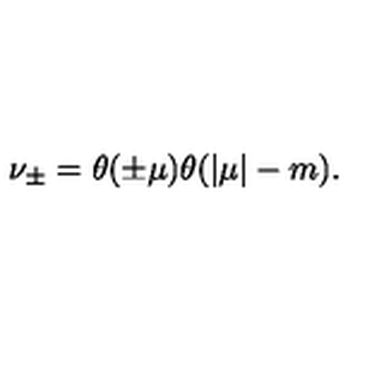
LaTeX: \nu _ { \pm } = \theta ( \pm \mu ) \theta ( | \mu | - m ) .